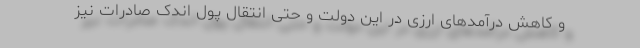
و کاهش درآمدهای ارزی در این دولت و حتی انتقال پول اندک صادرات نیز